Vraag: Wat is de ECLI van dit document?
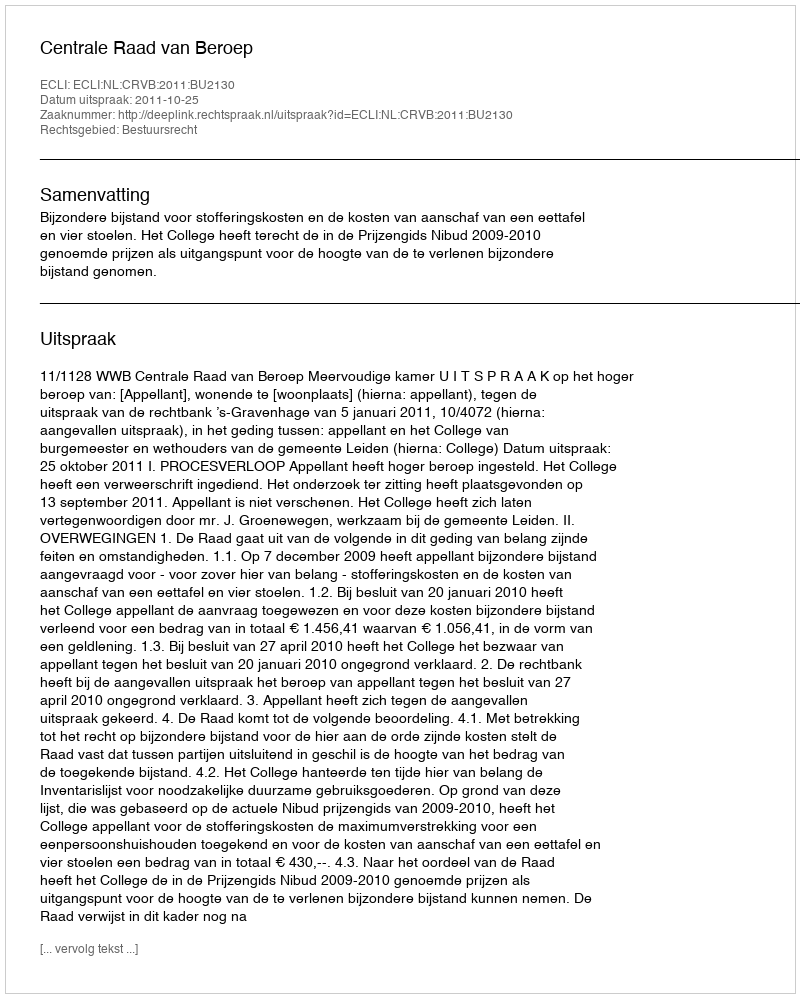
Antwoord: ECLI:NL:CRVB:2011:BU2130